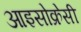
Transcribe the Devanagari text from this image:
आइसोक्रेसी